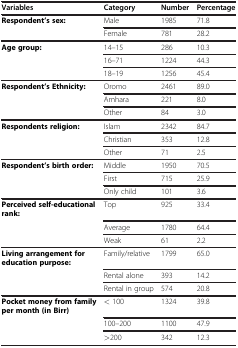
<table><thead><tr><td><b>Variables</b></td><td><b>Category</b></td><td><b>Number</b></td><td><b>Percentage</b></td></tr></thead><tbody><tr><td><b>Respondent’s sex:</b></td><td>Male</td><td>1985</td><td>71.8</td></tr><tr><td> </td><td>Female</td><td>781</td><td>28.2</td></tr><tr><td><b>Age group:</b></td><td>14–15</td><td>286</td><td>10.3</td></tr><tr><td> </td><td>16–71</td><td>1224</td><td>44.3</td></tr><tr><td> </td><td>18–19</td><td>1256</td><td>45.4</td></tr><tr><td><b>Respondent’s Ethnicity:</b></td><td>Oromo</td><td>2461</td><td>89.0</td></tr><tr><td> </td><td>Amhara</td><td>221</td><td>8.0</td></tr><tr><td> </td><td>Other</td><td>84</td><td>3.0</td></tr><tr><td><b>Respondents religion:</b></td><td>Islam</td><td>2342</td><td>84.7</td></tr><tr><td> </td><td>Christian</td><td>353</td><td>12.8</td></tr><tr><td> </td><td>Other</td><td>71</td><td>2.5</td></tr><tr><td><b>Respondent’s birth order:</b></td><td>Middle</td><td>1950</td><td>70.5</td></tr><tr><td> </td><td>First</td><td>715</td><td>25.9</td></tr><tr><td> </td><td>Only child</td><td>101</td><td>3.6</td></tr><tr><td><b>Perceived self-educational rank:</b></td><td>Top</td><td>925</td><td>33.4</td></tr><tr><td> </td><td>Average</td><td>1780</td><td>64.4</td></tr><tr><td> </td><td>Weak</td><td>61</td><td>2.2</td></tr><tr><td><b>Living arrangement for education purpose:</b></td><td>Family/relative</td><td>1799</td><td>65.0</td></tr><tr><td> </td><td>Rental alone</td><td>393</td><td>14.2</td></tr><tr><td> </td><td>Rental in group</td><td>574</td><td>20.8</td></tr><tr><td><b>Pocket money from family per month (in Birr)</b></td><td>&lt; 100</td><td>1324</td><td>39.8</td></tr><tr><td> </td><td>100–200</td><td>1100</td><td>47.9</td></tr><tr><td> </td><td>&gt;200</td><td>342</td><td>12.3</td></tr></tbody></table>